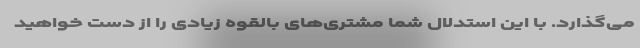
می‌گذارد. با این استدلال شما مشتری‌های بالقوه زیادی را از دست خواهید